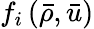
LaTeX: f_{i}\left(\bar{\rho},\bar{u}\right)